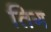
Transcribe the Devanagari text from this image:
तिग